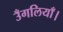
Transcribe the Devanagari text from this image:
उँगलियाँ।